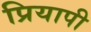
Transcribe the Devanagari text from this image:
प्रियापी